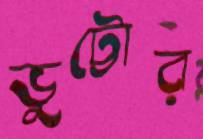
ভুট্টোর